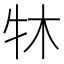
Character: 𤘬